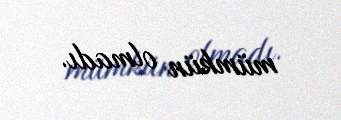
mümkün olmadı.